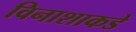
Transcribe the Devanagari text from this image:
विनाशाकडे